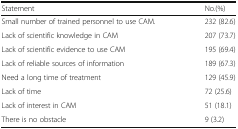
<table><thead><tr><td><b>Statement</b></td><td><b>No.(%)</b></td></tr></thead><tbody><tr><td>Small number of trained personnel to use CAM.</td><td>232 (82.6)</td></tr><tr><td>Lack of scientific knowledge in CAM</td><td>207 (73.7)</td></tr><tr><td>Lack of scientific evidence to use CAM</td><td>195 (69.4)</td></tr><tr><td>Lack of reliable sources of information</td><td>189 (67.3)</td></tr><tr><td>Need a long time of treatment</td><td>129 (45.9)</td></tr><tr><td>Lack of time</td><td>72 (25.6)</td></tr><tr><td>Lack of interest in CAM</td><td>51 (18.1)</td></tr><tr><td>There is no obstacle</td><td>9 (3.2)</td></tr></tbody></table>